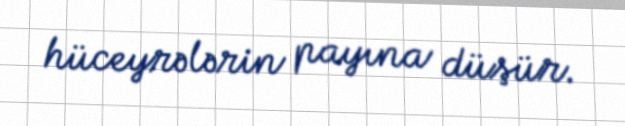
hüceyrələrin payına düşür.